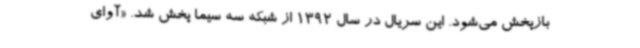
بازپخش می‌شود. این سریال در سال 1392 از شبکه سه سیما پخش شد. «آوای